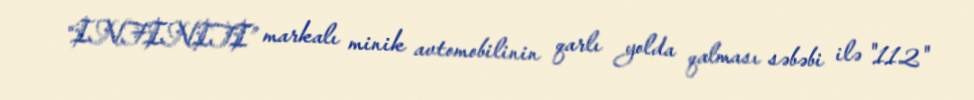
“INFINITI” markalı minik avtomobilinin qarlı yolda qalması səbəbi ilə "112"